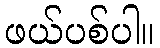
ဖယ်ပစ်ပါ။